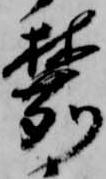
麓